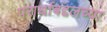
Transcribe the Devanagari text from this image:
परार्थाबद्दलच्या